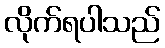
လိုက်ရပါသည်